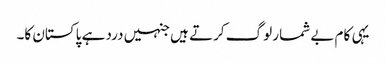
یہی کام بے شمار لوگ کرتے ہیں جنہیں درد ہے پاکستان کا۔